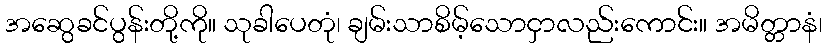
အဆွေခင်ပွန်းတို့ကို။ သုခါပေတုံ၊ ချမ်းသာစိမ့်သောငှာလည်းကောင်း။ အမိတ္တာနံ၊